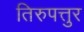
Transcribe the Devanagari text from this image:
तिरुपत्तुर